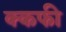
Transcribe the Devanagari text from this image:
क्कफी